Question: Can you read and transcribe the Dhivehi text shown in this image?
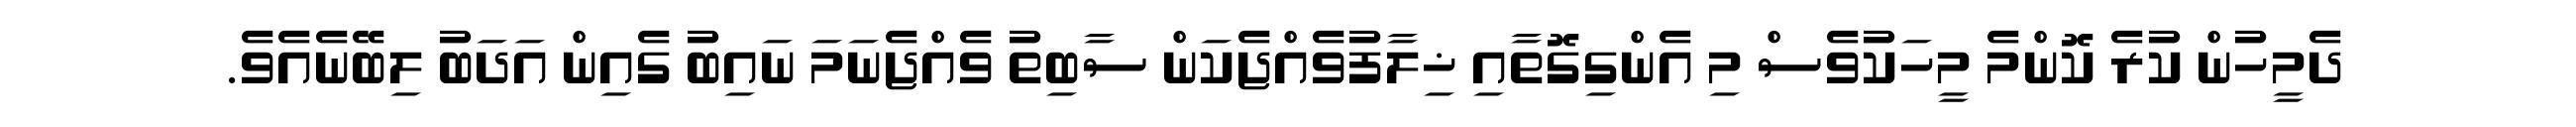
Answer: ދެމީހުން ކުރެ ކޮންމެ މީހަކުވެސް މި އެންގިގޮތާއި ޚިލާފުވެއްޖެކަން ސާބިތު ވެއްޖެނަމަ ނައިބު ގެއިން އަދަބު ލިބޭނެއެވެ.